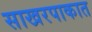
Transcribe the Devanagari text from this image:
साखरपाकात